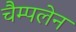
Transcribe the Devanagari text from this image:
चैम्पलेन